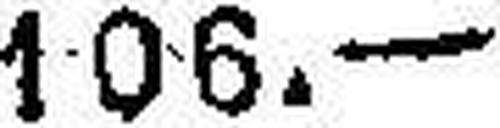
106.—